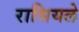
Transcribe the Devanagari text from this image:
रासियले